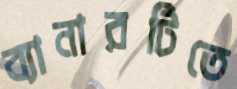
ব্যানারটিতে